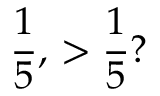
\frac { 1 } { 5 } , \, > \frac { 1 } { 5 } ?